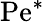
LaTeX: \mathrm{Pe}^{*}